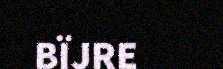
BÏJRE